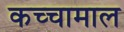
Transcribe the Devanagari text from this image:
कच्‍चामाल